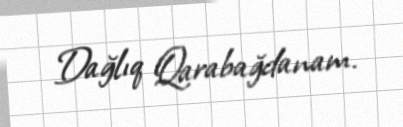
Dağlıq Qarabağdanam.